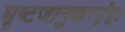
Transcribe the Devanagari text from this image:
घृष्टजानुकरद्वंद्वः